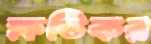
ক্ষতিকর